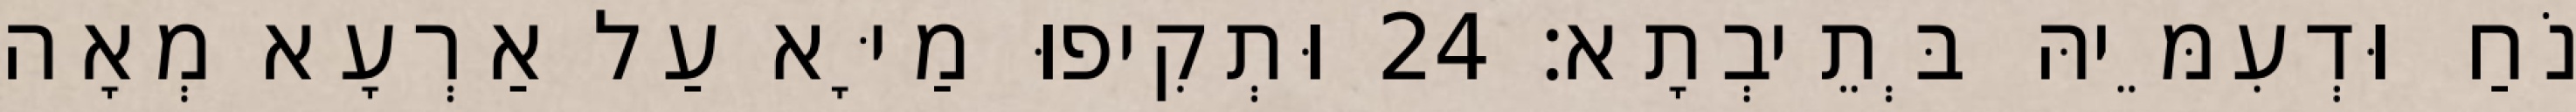
נֹחַ וּדְעִמֵּיהּ בְּתֵיבְתָא׃ 24 וּתְקִיפוּ מַיָּא עַל אַרְעָא מְאָה